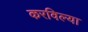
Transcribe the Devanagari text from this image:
करविल्या